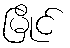
မြိုင်